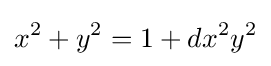
x^{2}+y^{2}=1+dx^{2}y^{2}